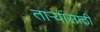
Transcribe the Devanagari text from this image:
ताऱ्यांसाठी